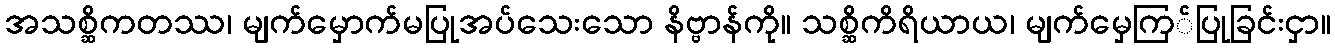
အသစ္ဆိကတဿ၊ မျက်မှောက်မပြုအပ်သေးသော နိဗ္ဗာန်ကို။ သစ္ဆိကိရိယာယ၊ မျက်မှေကြ်ပြုခြင်းငှာ။